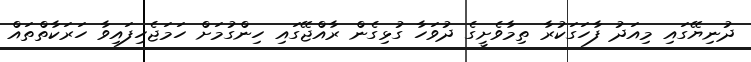
ދުނިޔޭގައި މިއަދު ފާހަގަކުރާ ތިމާވެށީގެ ދުވަހާ ގުޅިގެން ރާއްޖޭގައި ހިންގުމަށް ހަމަޖެހިފައިވާ ހަރަކާތްތައް